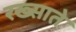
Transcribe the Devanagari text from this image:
रख्साते